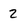
Character: 2